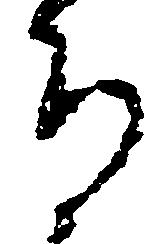
ち